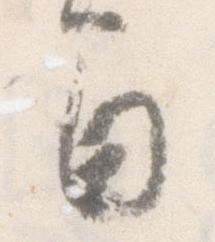
間